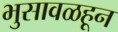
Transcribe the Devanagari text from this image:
भुसावळहून